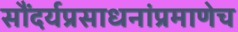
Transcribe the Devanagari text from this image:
सौंदर्यप्रसाधनांप्रमाणेच